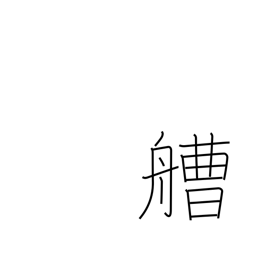
Meaning: boat